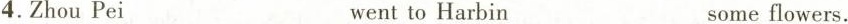
4.Zhou Pei went to Harbin some flowers.